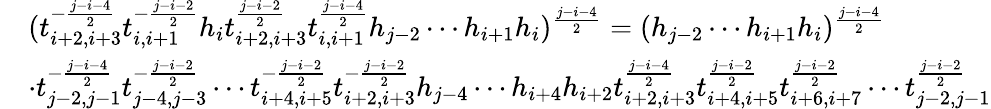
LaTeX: \begin{array}{rl}&{(t_{i+2,i+3}^{-\frac{j-i-4}{2}}t_{i,i+1}^{-\frac{j-i-2}{2}}h_{i}t_{i+2,i+3}^{\frac{j-i-2}{2}}t_{i,i+1}^{\frac{j-i-4}{2}}h_{j-2}\cdots h_{i+1}h_{i})^{\frac{j-i-4}{2}}=(h_{j-2}\cdots h_{i+1}h_{i})^{\frac{j-i-4}{2}}}\\ &{\cdot t_{j-2,j-1}^{-\frac{j-i-4}{2}}t_{j-4,j-3}^{-\frac{j-i-2}{2}}\cdots t_{i+4,i+5}^{-\frac{j-i-2}{2}}t_{i+2,i+3}^{-\frac{j-i-2}{2}}h_{j-4}\cdots h_{i+4}h_{i+2}t_{i+2,i+3}^{\frac{j-i-4}{2}}t_{i+4,i+5}^{\frac{j-i-2}{2}}t_{i+6,i+7}^{\frac{j-i-2}{2}}\cdots t_{j-2,j-1}^{\frac{j-i-2}{2}}}\end{array}